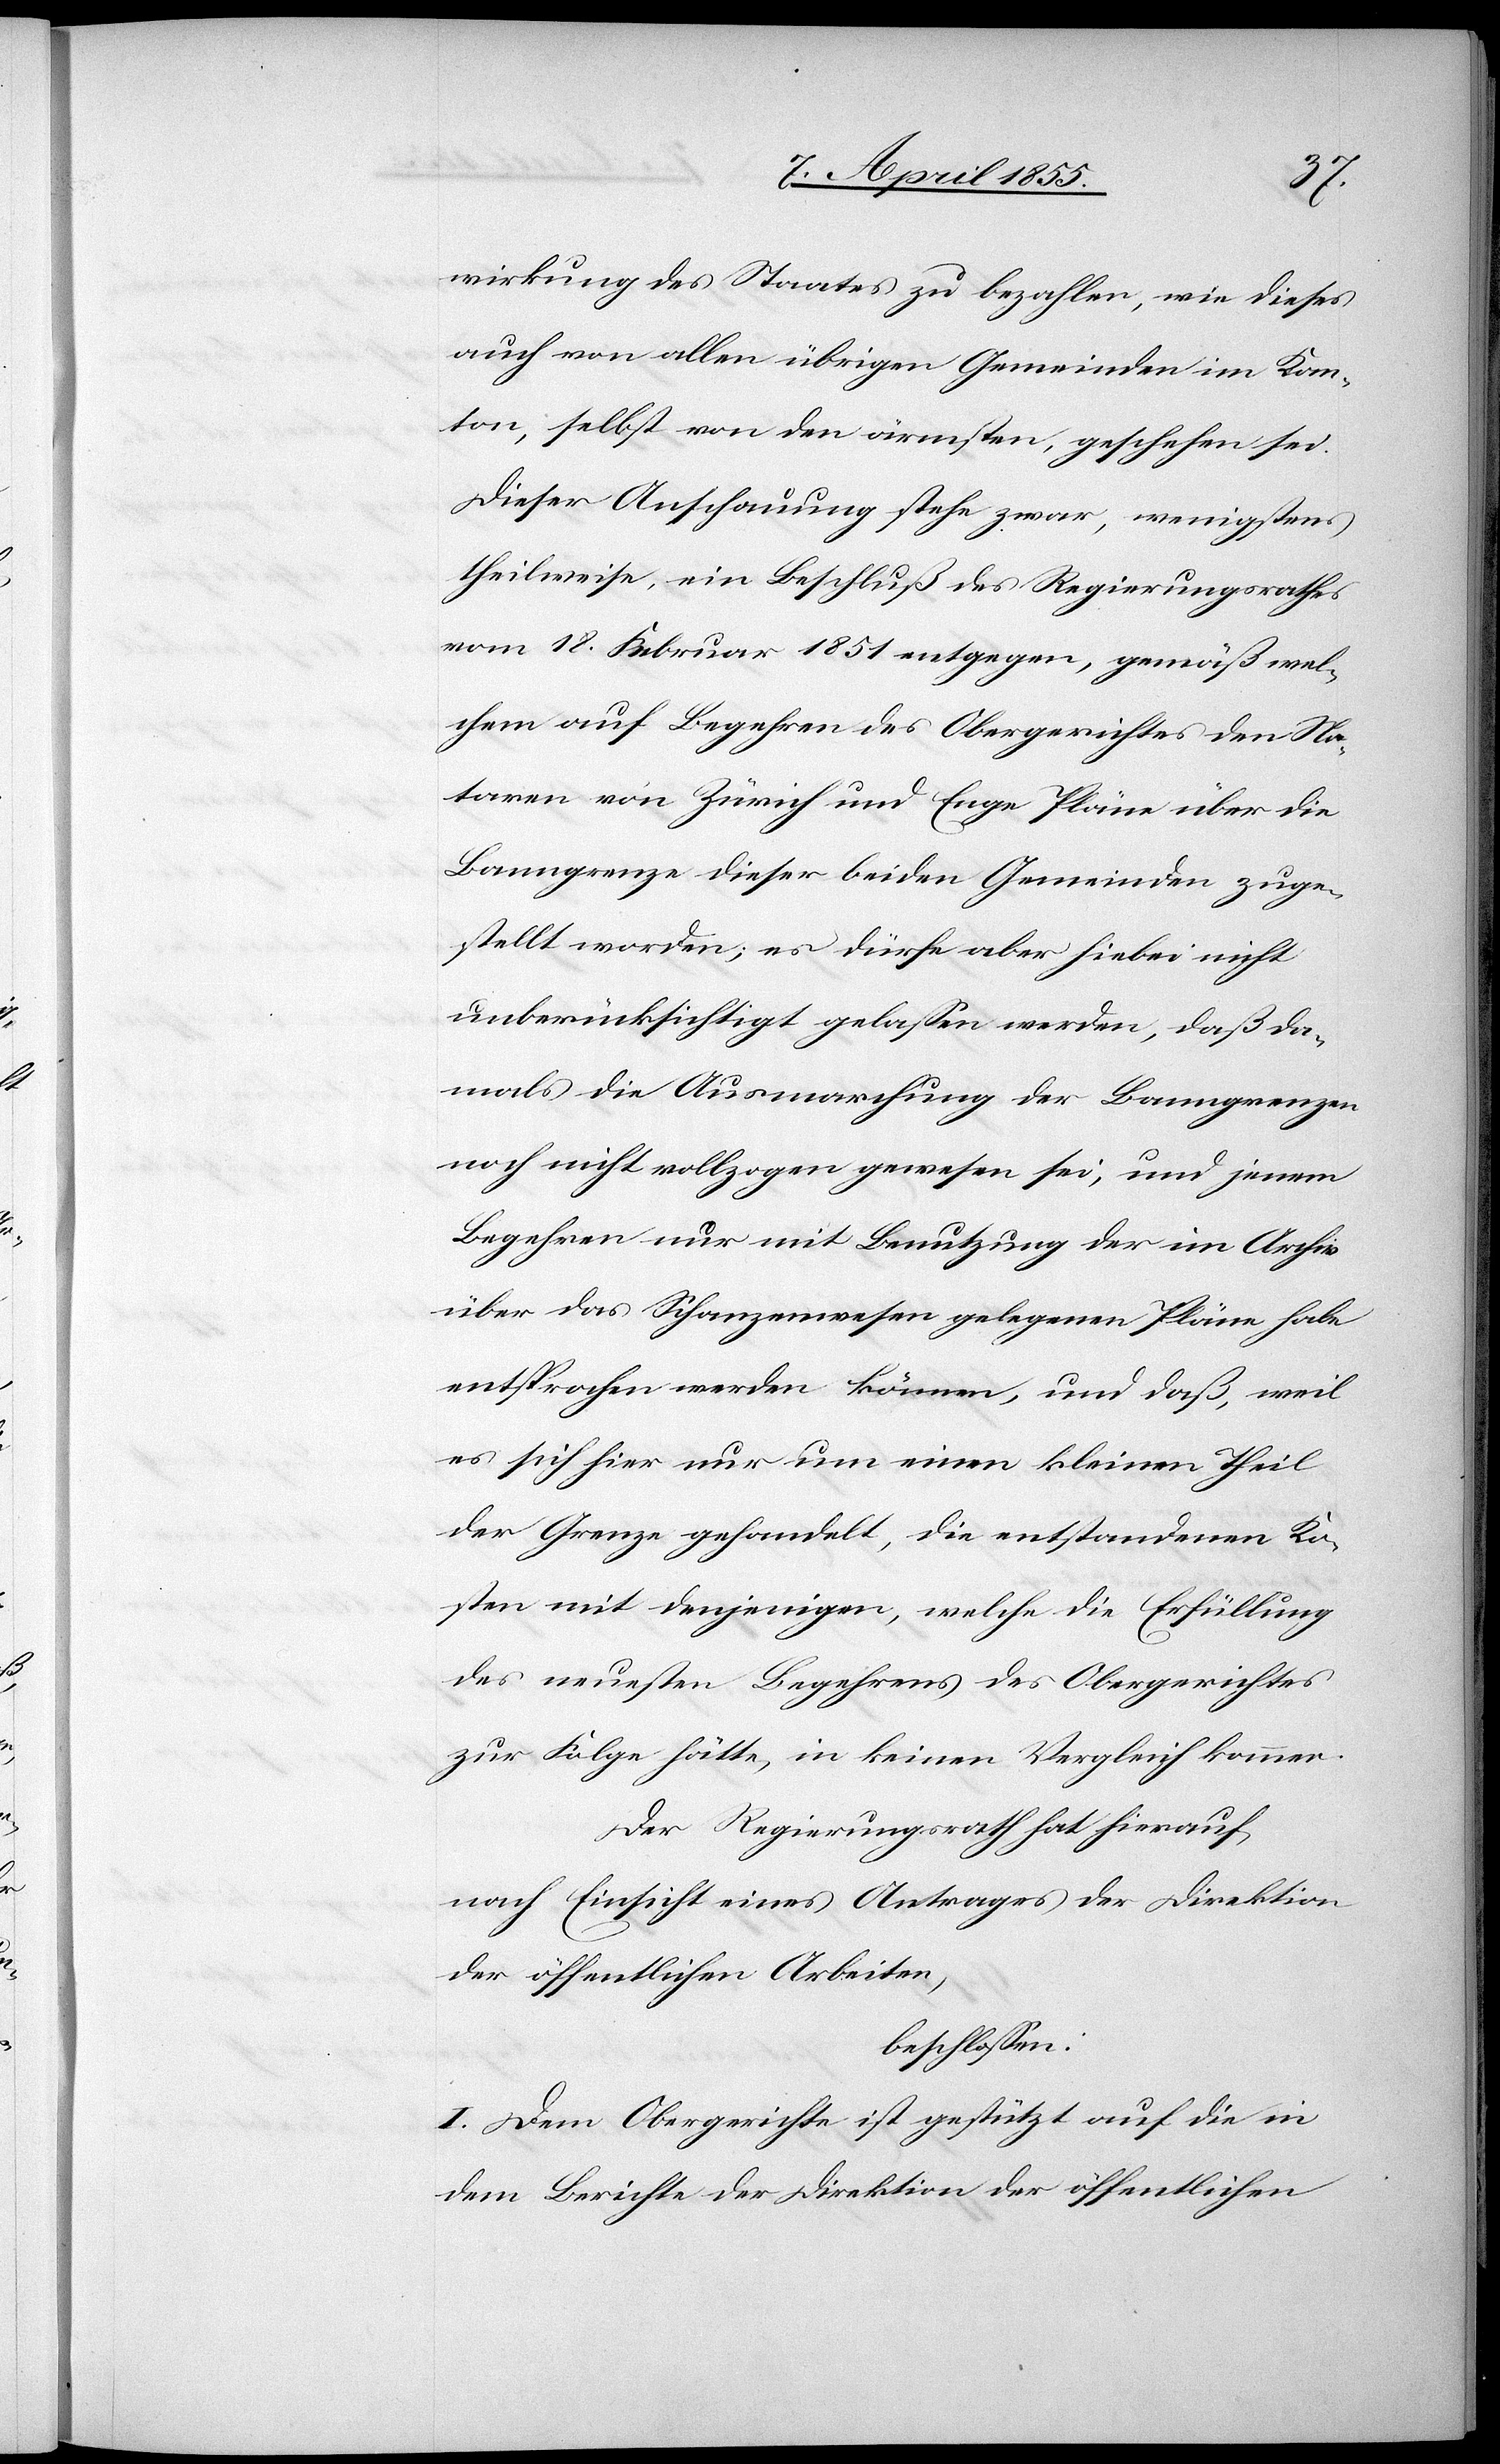
wirkung des Staates zu bezahlen, wie dieses
auch von allen übrigen Gemeinden im Kan¬
ton, selbst von den ärmsten, geschehen sei.
Dieser Anschauung stehe zwar, wenigstens
theilweise, ein Beschluß des Regierungsrathes
vom 18. Februar 1851 entgegen, gemäß wel¬
chem auf Begehren des Obergerichtes den No¬
taren von Zürich und Enge Pläne über die
Banngrenze dieser beiden Gemeinden zuge¬
stellt worden; es dürfe aber hiebei nicht
unberücksichtigt gelassen werden, daß da¬
mals die Ausmarchung der Banngrenzen
noch nicht vollzogen gewesen sei, und jenem
Begehren nur mit Benutzung der im Archiv
über das Schanzenwesen gelegenen Pläne habe
entsprochen werden können, und daß, weil
es sich hier nur um einen kleinen Theil
der Grenze gehandelt, die entstandenen Ko¬
sten mit denjenigen, welche die Erfüllung
des neuesten Begehrens des Obergerichtes
zur Folge hätte, in keinen Vergleich kommen.
Der Regierungsrath hat hierauf,
nach Einsicht eines Antrages der Direktion
der öffentlichen Arbeiten,
beschlossen:
I. Dem Obergerichte ist gestützt auf die in
dem Berichte der Direktion der öffentlichen